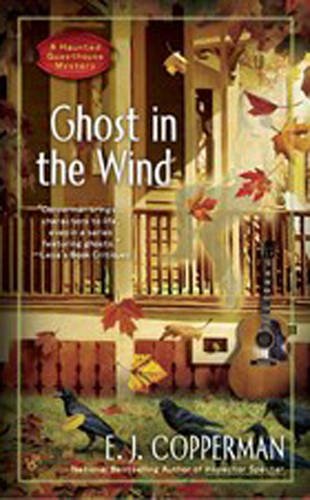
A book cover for Ghost in the Wind (A Haunted Guesthouse Mystery); E.J. Copperman; Mystery, Thriller & Suspense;